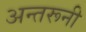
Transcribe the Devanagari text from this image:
अन्तरूनी